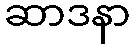
ဆာဒနာ